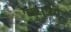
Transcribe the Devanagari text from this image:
युसुफ़ी